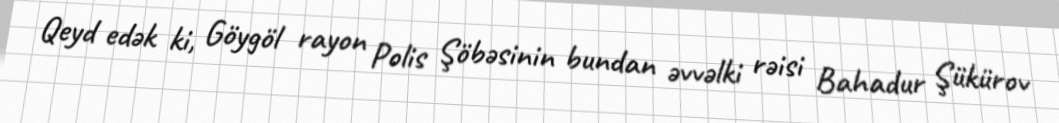
Qeyd edək ki, Göygöl rayon Polis Şöbəsinin bundan əvvəlki rəisi Bahadur Şükürov